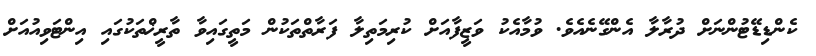
ކެންޑިޑޭޓުންނަށް ދުރާލާ އެންގޭނެއެވެ. ވުމާއެކު ވަޒީފާއަށް ކުރިމަތިލާ ފަރާތްތަކުން މަތީގައިވާ ތާރީޚްތަކުގައި އިންޓަވިއުއަށް